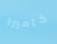
كاميرا